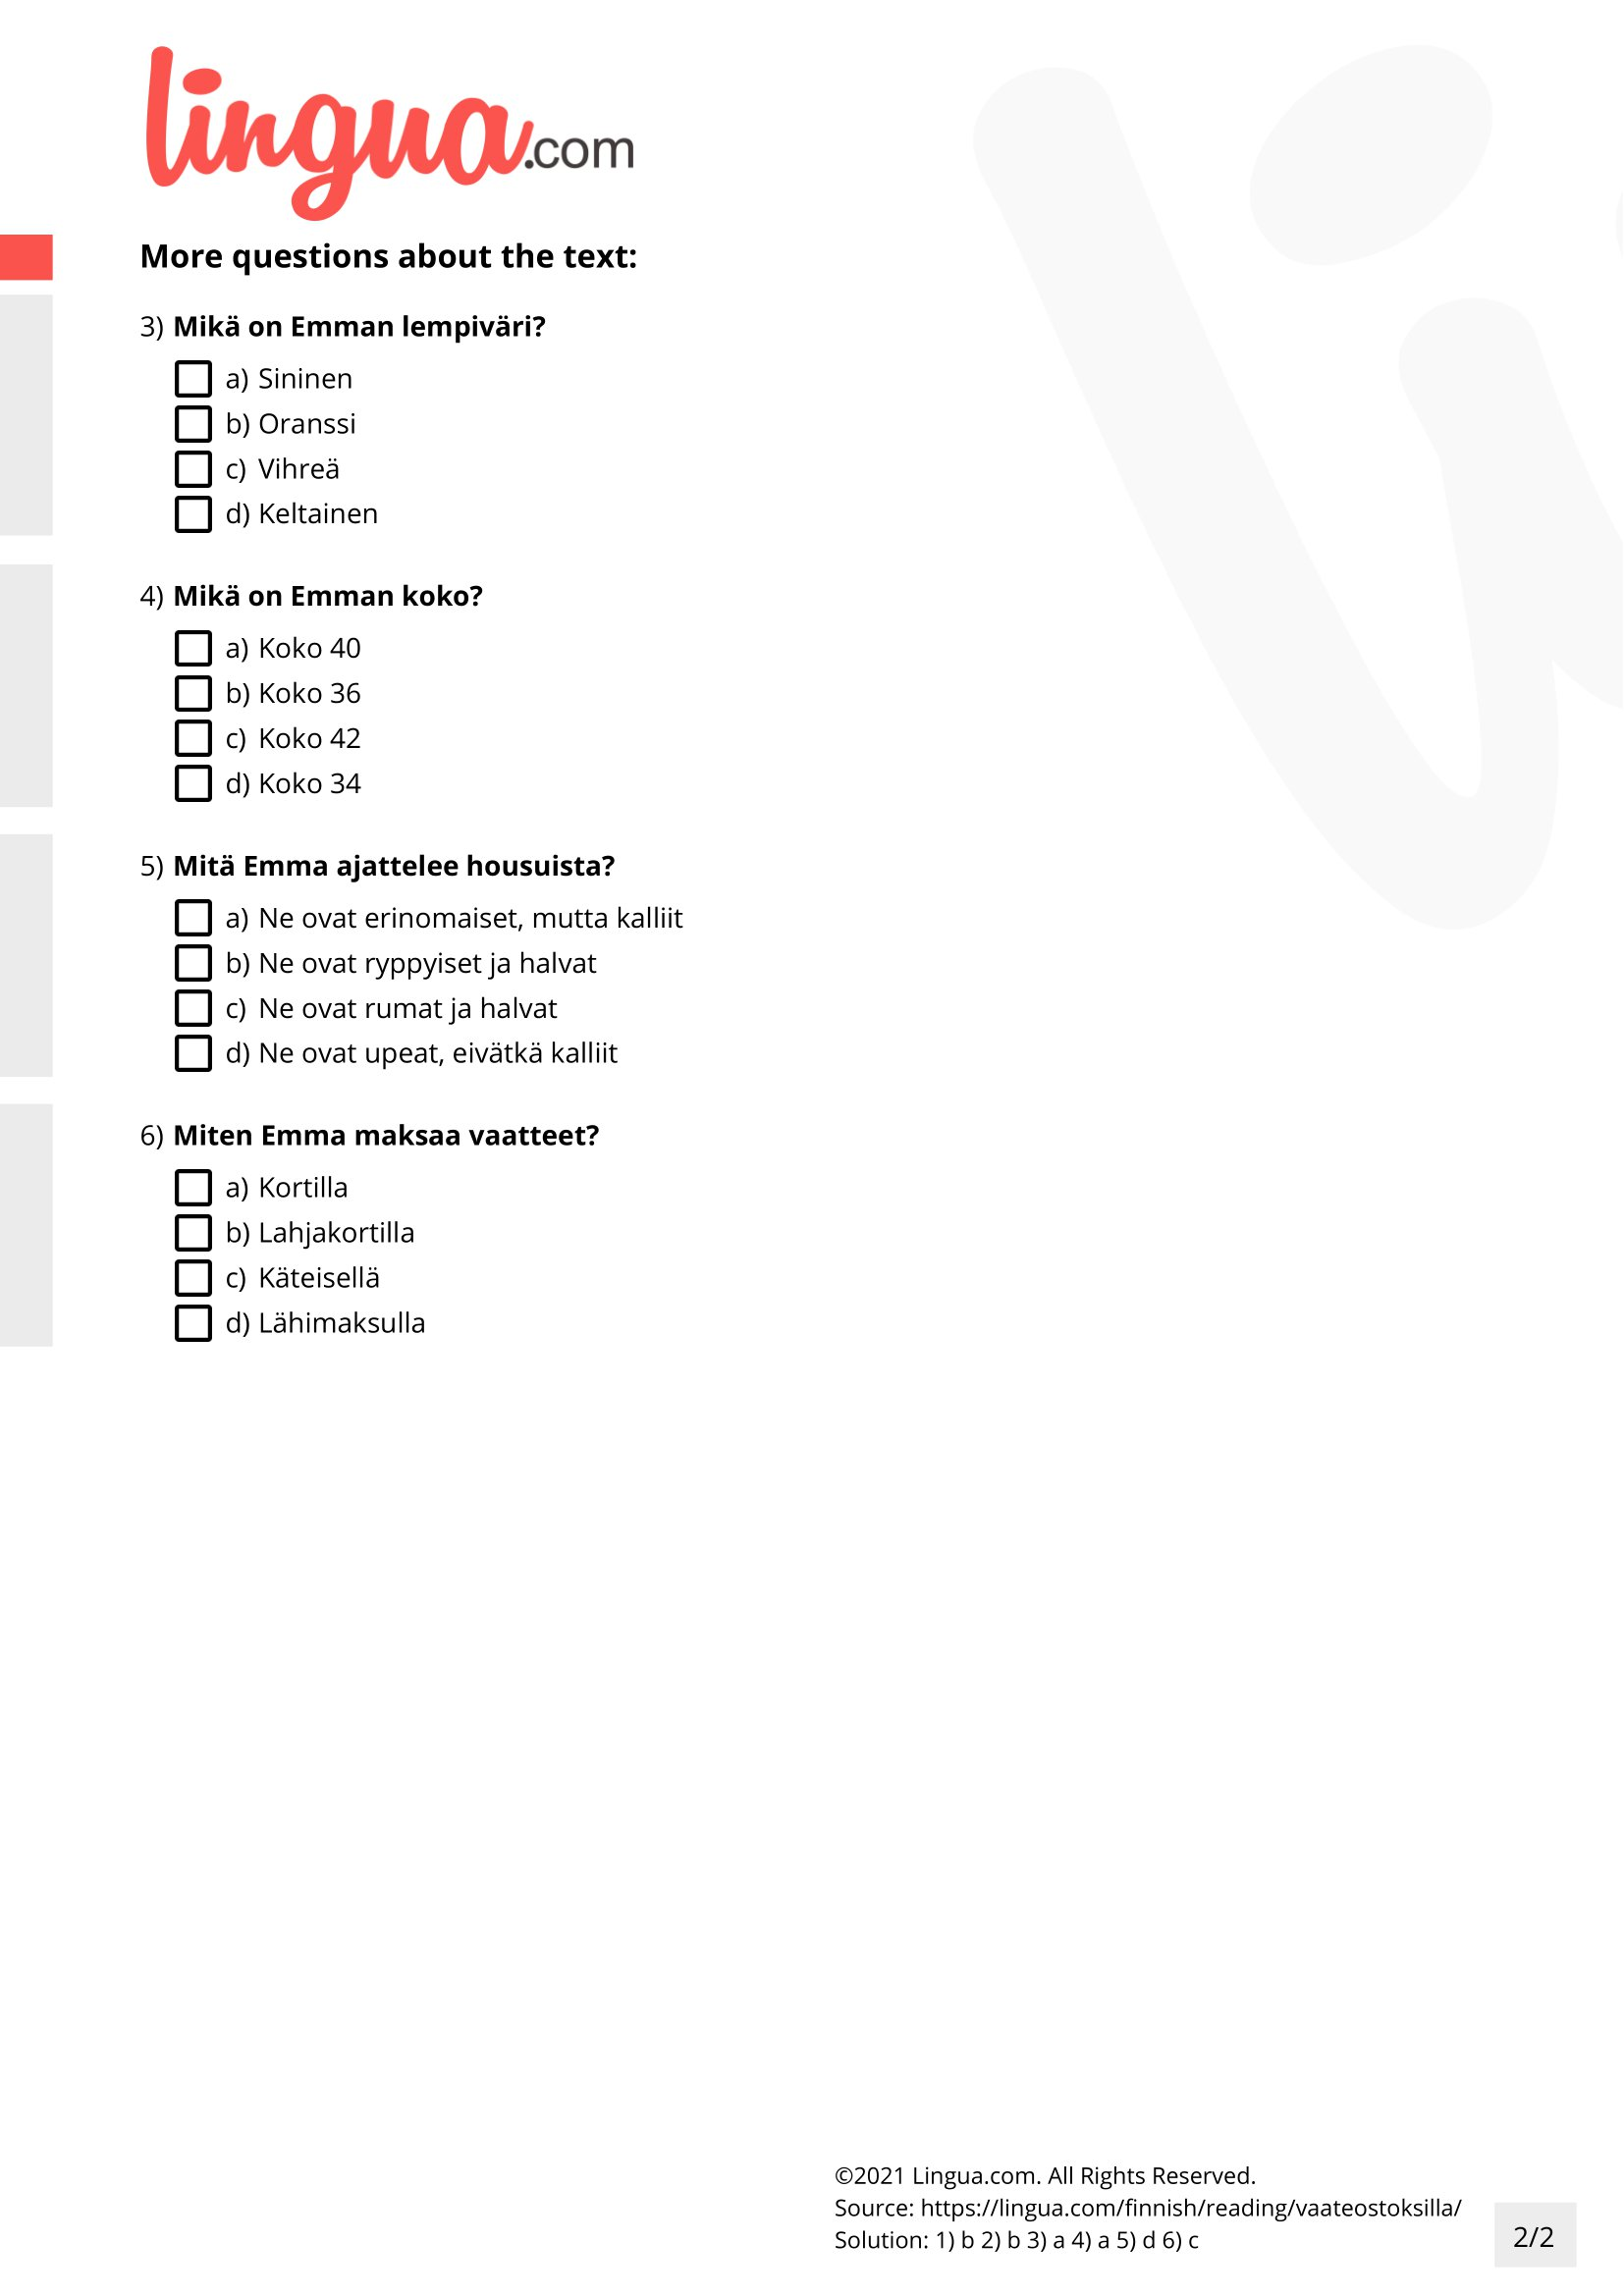
Language: fn